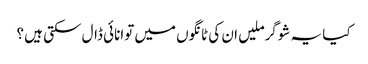
کیا یہ شوگرملیں ان کی ٹانگوں میں توانائی ڈال سکتی ہیں ؟